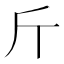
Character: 斤